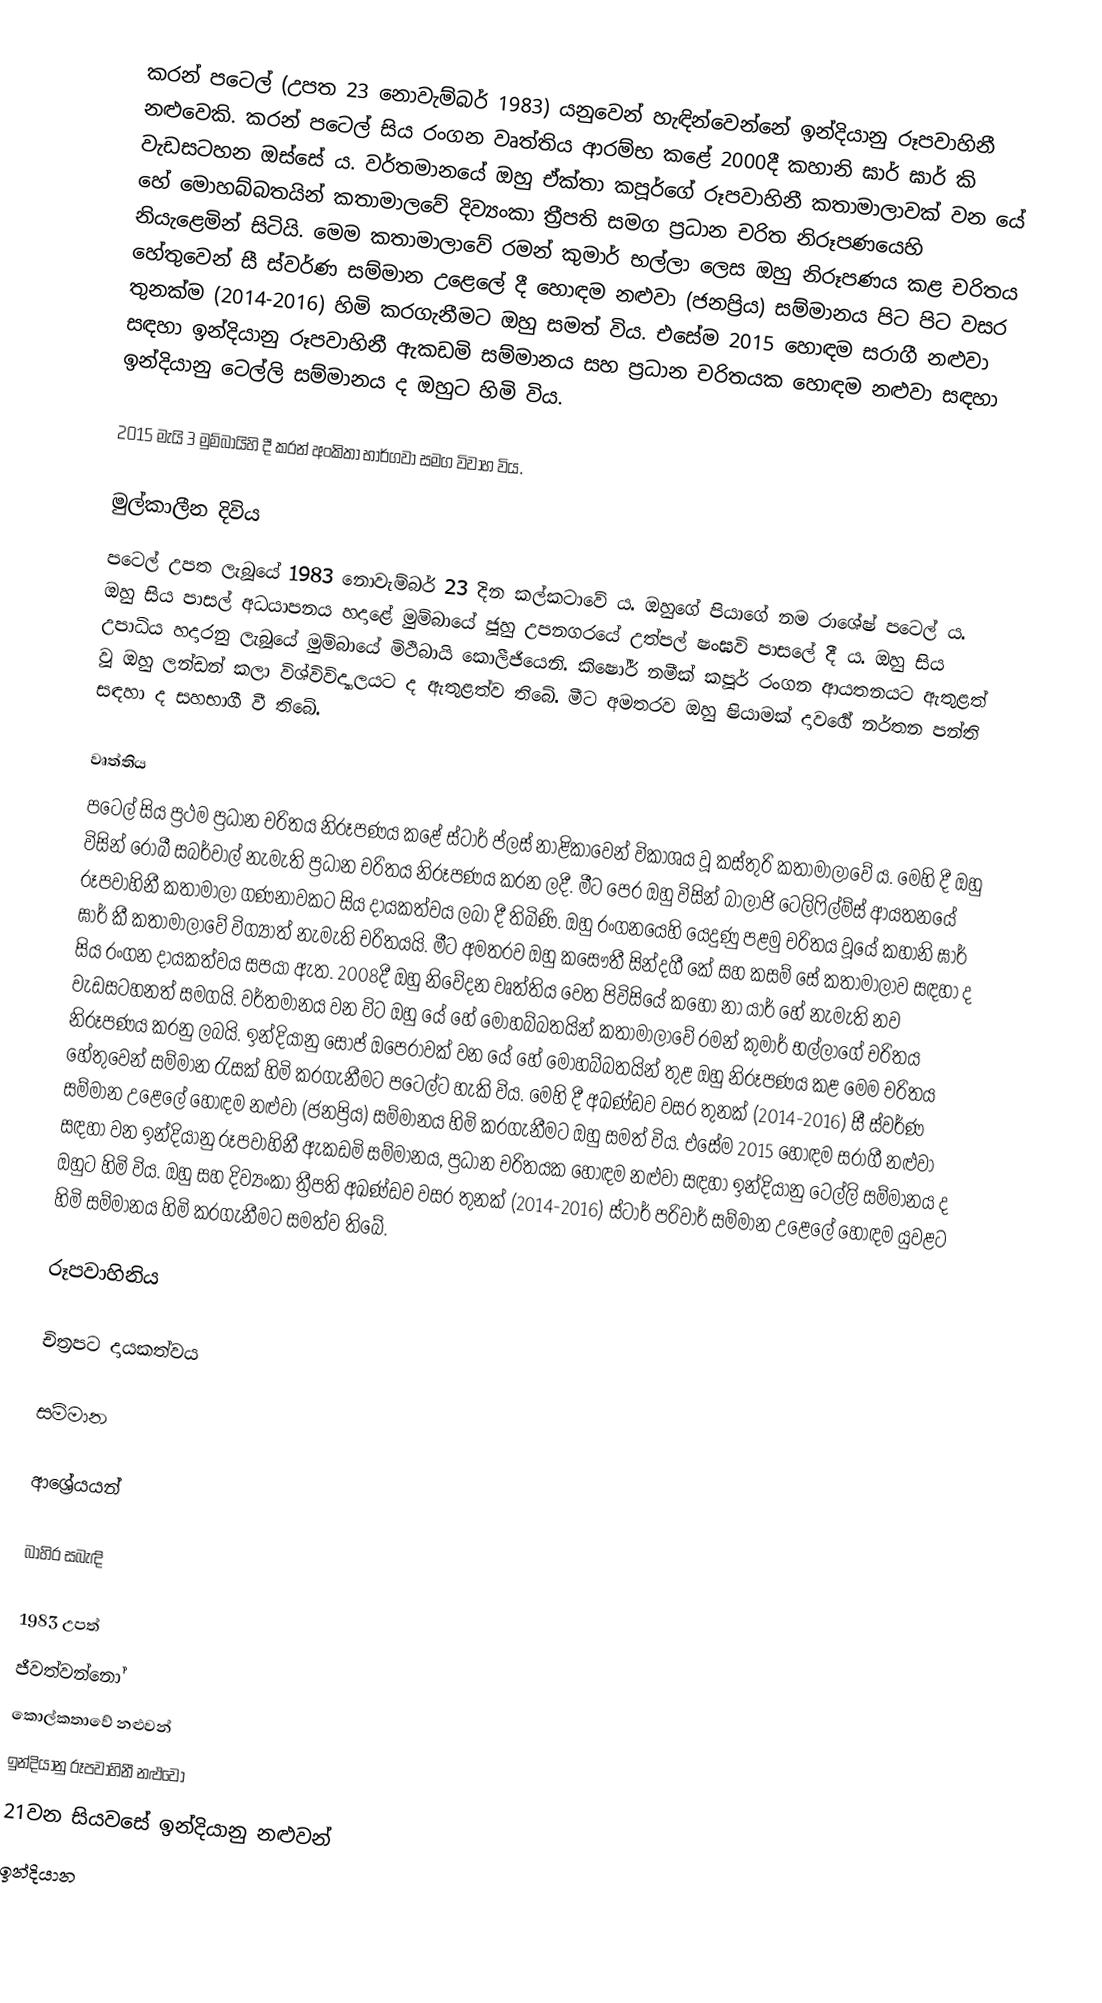
කරන් පටෙල් (උපත 23 නොවැම්බර් 1983) යනුවෙන් හැඳින්වෙන්නේ ඉන්දියානු රූපවාහිනී නළුවෙකි. කරන් පටෙල් සිය රංගන වෘත්තිය ආරම්භ කළේ 2000දී කහානි ඝාර් ඝාර් කි වැඩසටහන ඔස්සේ ය. වර්තමානයේ ඔහු ඒක්තා කපූර්ගේ රූපවාහිනී කතාමාලාවක් වන යේ හේ මොහබ්බතයින් කතාමාලවේ දිව්‍යංකා ත්‍රීපති සමග ප්‍රධාන චරිත නිරූපණයෙහි නියැළෙමින් සිටියි. මෙම කතාමාලාවේ රමන් කුමාර් භල්ලා ලෙස ඔහු නිරූපණය කළ චරිතය හේතුවෙන් සී ස්වර්ණ සම්මාන උළෙලේ දී හොඳම නළුවා (ජනප්‍රිය) සම්මානය පිට පිට වසර තුනක්ම (2014-2016) හිමි කරගැනීමට ඔහු සමත් විය. එසේම 2015 හොඳම සරාගී නළුවා සඳහා ඉන්දියානු රූපවාහිනී ඇකඩමි සම්මානය සහ ප්‍රධාන චරිතයක හොඳම නළුවා සඳහා ඉන්දියානු ටෙල්ලි සම්මානය ද ඔහුට හිමි විය.

2015 මැයි 3 මුම්බායිහි දී කරන් අංකිතා භාර්ගවා සමග විවාහ විය.

මුල්කාලීන දිවිය
පටෙල් උපත ලැබූයේ 1983 නොවැම්බර් 23 දින කල්කටාවේ ය. ඔහුගේ පියාගේ නම රාශේෂ් පටෙල් ය. ඔහු සිය පාසල් අධයාපනය හදාළේ මුම්බායේ ජූහු උපනගරයේ උත්පල් ෂංඝවි පාසලේ දී ය. ඔහු සිය උපාධිය හදාරනු ලැබූයේ මුම්බායේ මිථිබායි කොලීජියෙනි. කිෂෝර් නමීක් කපූර් රංගන ආයතනයට ඇතුළත් වූ ඔහු ලන්ඩන් කලා විශ්විවිද්‍යාලයට ද ඇතුළත්ව තිබේ. මීට අමතරව ඔහු ෂියාමක් දාවර්‍ගේ නර්තන පන්ති සඳහා ද සහභාගී වී තිබේ.

වෘත්තිය
පටෙල් සිය ප්‍රථම ප්‍රධාන චරිතය නිරූපණය කළේ ස්ටාර් ප්ලස් නාළිකාවෙන් විකාශය වූ කස්තුරි කතාමාලාවේ ය. මෙහි දී ඔහු විසින් රොබී සබර්වාල් නැමැති ප්‍රධාන චරිතය නිරූපණය කරන ලදී. මීට පෙර ඔහු විසින් බාලාජි ටෙලිෆිල්ම්ස් ආයතනයේ රූපවාහිනී කතාමාලා ගණනාවකට සිය දායකත්වය ලබා දී තිබිණි. ඔහු රංගනයෙහි යෙදුණු පළමු චරිතය වූයේ කහානි ඝාර් ඝාර් කී කතාමාලාවේ විග්‍යාත් නැමැති චරිතයයි. මීට අමතරව ඔහු කසෞතී සින්දගී කේ සහ කසම් සේ කතාමාලාව සඳහා ද සිය රංගන දායකත්වය සපයා ඇත. 2008දී ඔහු නිවේදන වෘත්තිය වෙත පිවිසියේ කහෝ නා යාර් හේ නැමැති නව වැඩසටහනත් සමගයි. වර්තමානය වන විට ඔහු යේ හේ මොහබ්බතයින් කතාමාලාවේ රමන් කුමාර් භල්ලාගේ චරිතය නිරූපණය කරනු ලබයි. ඉන්දියානු සෝප් ඔපෙරාවක් වන යේ හේ මොහබ්බතයින් තුළ ඔහු නිරූපණය කළ මෙම චරිතය හේතුවෙන් සම්මාන රැසක් හිමි කරගැනීමට පටෙල්ට හැකි විය. මෙහි දී අඛණ්ඩව වසර තුනක් (2014-2016) සී ස්වර්ණ සම්මාන උළෙලේ හොඳම නළුවා (ජනප්‍රිය) සම්මානය හිමි කරගැනීමට ඔහු සමත් විය. එසේම 2015 හොඳම සරාගී නළුවා සඳහා වන ඉන්දියානු රූපවාහිනී ඇකඩමි සම්මානය, ප්‍රධාන චරිතයක හොඳම නළුවා සඳහා ඉන්දියානු ටෙල්ලි සම්මානය ද ඔහුට හිමි විය. ඔහු සහ දිව්‍යංකා ත්‍රීපති අඛණ්ඩව වසර තුනක් (2014-2016) ස්ටාර් පරිවාර් සම්මාන උළෙලේ හොඳම යුවළට හිමි සම්මානය හිමි කරගැනීමට සමත්ව තිබේ.

රූපවාහිනිය

චිත්‍රපට දායකත්වය

සම්මාන

ආශ්‍රේයයන්

බාහිර සබැඳි

1983 උපත්
ජීවත්වන්නෝ
කොල්කතාවේ නළුවන්
ඉන්දියානු රූපවාහිනී නළුවෝ
21වන සියවසේ ඉන්දියානු නළුවන්
ඉන්දියාන